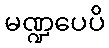
မဏ္ဍပေပိ